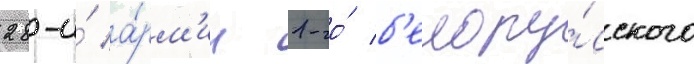
28-и́ а́рм'ии 1-го́ б'елору́сского